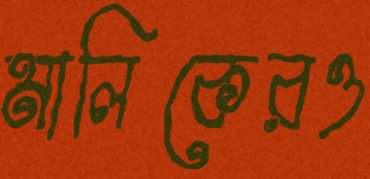
মালিকেরও